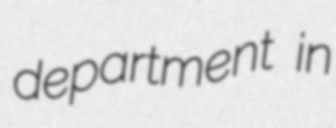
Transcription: department in